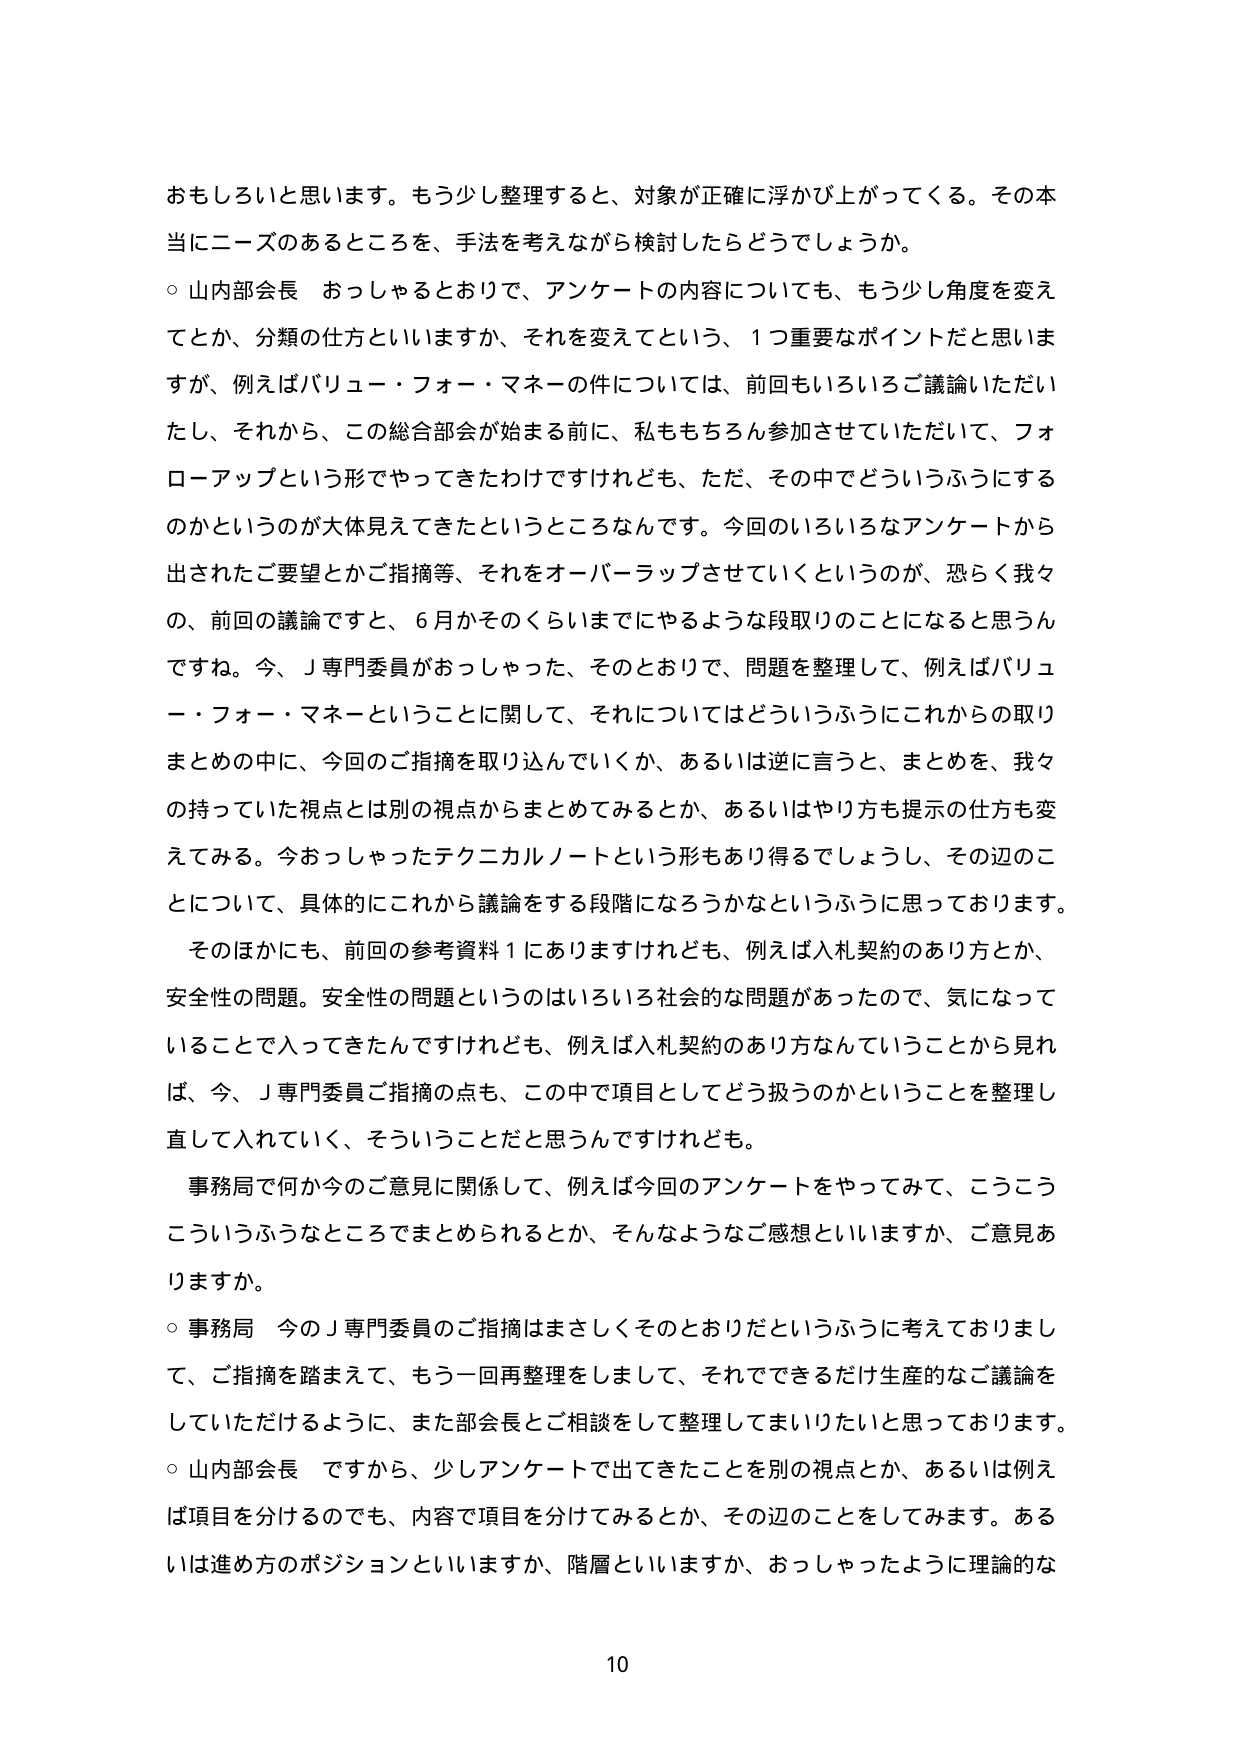
おもしろいと思います。もう少し整理すると、対象が正確に浮かび上がってくる。その本当 にニーズのあるところを、手法を考えながら検討したらどうでしょうか。

○ 山内部会長 おっしゃるとおりで、アンケートの内容についても、もう少し角度を変え てとか、分類の仕方といいますか、それを変えてという、1つ重要なポイントだと思いま すが、例えばバリュー・フォー・マネーの件については、前回もいろいろご議論いただい たし、それから、この総合部会が始まる前に、私ももちろん参加させていただいて、フォ ローアップという形でやってきたわけですけれども、ただ、その中でどういうふうにする のかというのが大体見えてきたというところなんです。今回のいろいろなアンケートから 出されたご要望とかご指摘等、それをオーバーラップさせていくというのが、恐らく我々 の、前回の議論ですと、6月かそのくらいまでにやるような段取りのことになると思うん ですね。今、J専門委員がおっしゃった、そのとおりで、問題を整理して、例えばバリュ ー・フォー・マネーということに関して、それについてはどういうふうにこれからの取り まとめの中に、今回のご指摘を取り込んでいくか、あるいは逆に言うと、まとめを、我々 の持っていた視点とは別の視点からまとめてみるとか、あるいはやり方も提示の仕方も変 えてみる。今おっしゃったテクニカルノートという形もあり得るでしょうし、その辺のこ とについて、具体的にこれから議論をする段階になろうかなというふうに思っております。

そのほかにも、前回の参考資料1にありますけれども、例えば入札契約のあり方とか、 安全性の問題。安全性の問題というのはいろいろ社会的な問題があったので、気になって いることで入ってきたんですけれども、例えば入札契約のあり方なんていうことから見れ ば、今、J専門委員ご指摘の点も、この中で項目としてどう扱うのかということを整理し 直して入れていく、そういうことだと思うんですけれども。

事務局で何か今のご意見に関係して、例えば今回のアンケートをやってみて、こうこう こういうふうなところでまとめられるとか、そんなようなご感想といいますか、ご意見あ りますか。

○ 事務局 今のJ専門委員のご指摘はまさしくそのとおりだというふうに考えておりまし て、ご指摘を踏まえて、もう一回再整理をしまして、それでできるだけ生産的なご議論を していただけるように、また部会長とご相談をして整理してまいりたいと思っております。

○ 山内部会長 ですから、少しアンケートで出てきたことを別の視点とか、あるいは例え ば項目を分けるのでも、内容で項目を分けてみるとか、その辺のことをしてみます。ある いは進め方のポジションといいますか、階層といいますか、おっしゃったように理論的な

10